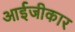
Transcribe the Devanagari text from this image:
आईजीकार